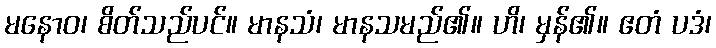
မနောဝ၊ စိတ်သည်ပင်။ မာနသံ၊ မာနသမည်၏။ ဟိ၊ မှန်၏။ ဧတံ ပဒံ၊